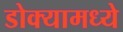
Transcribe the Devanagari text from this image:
डोक्यामध्ये